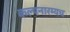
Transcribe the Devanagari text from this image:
कल्पनारम्यच